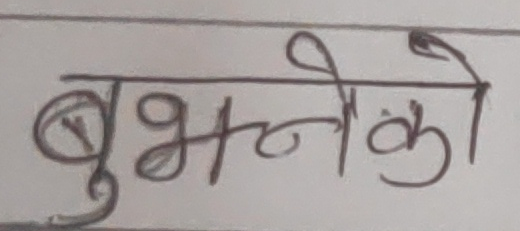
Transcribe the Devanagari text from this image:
बुझ्नेको